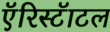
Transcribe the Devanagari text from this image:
एॅरिस्टॅाटल